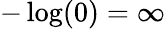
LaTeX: -\log(0)=\infty